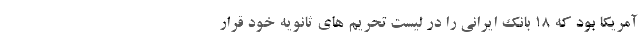
آمریکا بود که 18 بانک ایرانی را در لیست تحریم های ثانویه خود قرار